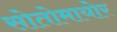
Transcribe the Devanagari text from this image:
सोतोमायोर